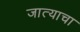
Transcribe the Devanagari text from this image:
जात्याचा